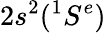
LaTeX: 2s^{2}(^{1}{S^{e}})